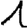
Digit: 1